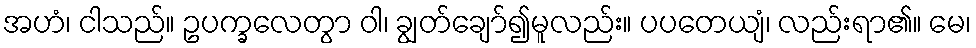
အဟံ၊ ငါသည်။ ဥပက္ခလေတွာ ဝါ၊ ချွတ်ချော်၍မူလည်း။ ပပတေယျံ၊ လည်းရာ၏။ မေ၊